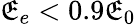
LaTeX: \mathfrak{E}_{e}<0.9\mathfrak{E}_{0}